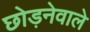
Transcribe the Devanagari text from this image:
छोड़नेवाले